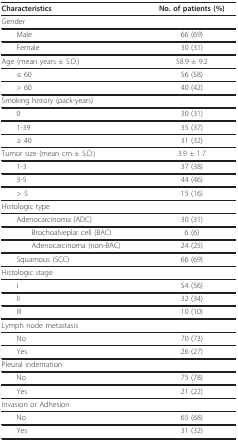
| Characteristics | No. of patients (%) |
 | --- | --- |
 | Gender |  |
 | Male | 66 (69) |
 | Female | 30 (31) |
 | Age (mean years ± S.D.) | 58.9 ± 9.2 |
 | ≤ 60 | 56 (58) |
 | > 60 | 40 (42) |
 | Smoking history (pack-years) |  |
 | 0 | 30 (31) |
 | 1-39 | 35 (37) |
 | ≥ 40 | 31 (32) |
 | Tumor size (mean cm ± S.D.) | 3.9 ± 1.7 |
 | 1-3 | 37 (38) |
 | 3-5 | 44 (46) |
 | > 5 | 15 (16) |
 | Histologic type |  |
 | Adenocarcinoma (ADC) | 30 (31) |
 | Brochoalveplar cell (BAC) | 6 (6) |
 | Adenocarcinoma (non-BAC) | 24 (25) |
 | Squamous (SCC) | 66 (69) |
 | Histologic stage |  |
 | I | 54 (56) |
 | II | 32 (34) |
 | III | 10 (10) |
 | Lymph node metastasis |  |
 | No | 70 (73) |
 | Yes | 26 (27) |
 | Pleural indentation |  |
 | No | 75 (78) |
 | Yes | 21 (22) |
 | Invasion or Adhesion |  |
 | No | 65 (68) |
 | Yes | 31 (32) |